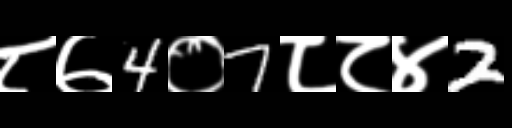
Text: ८७4०7८८४2